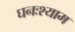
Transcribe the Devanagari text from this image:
घनःश्याम